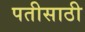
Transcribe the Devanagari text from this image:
पतीसाठी